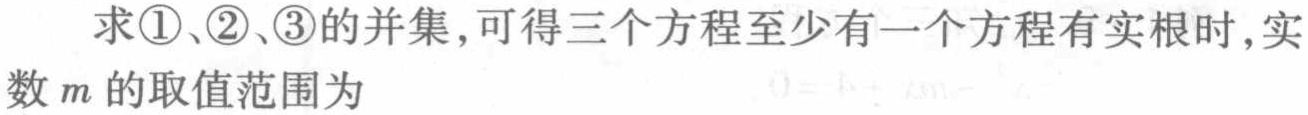
求\textcircled{1}、\textcircled{2}、\textcircled{3}的并集,可得三个方程至少有一个方程有实根时,实数\(m\)的取值范围为